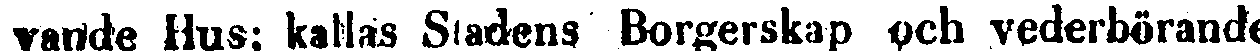
vande Hus; kallas Stadens Borgerskap och vederbörande